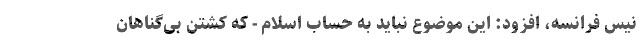
نیس فرانسه، افزود: این موضوع نباید به حساب اسلام - که کشتن بی‌گناهان